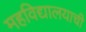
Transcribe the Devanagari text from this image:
महविद्यालयाची